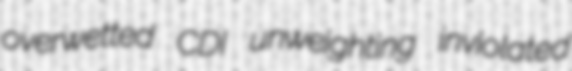
overwetted CDI unweighting inviolated